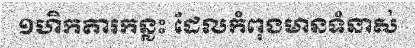
១ហិកតារកន្លះ ដែលកំពុងមានទំនាស់